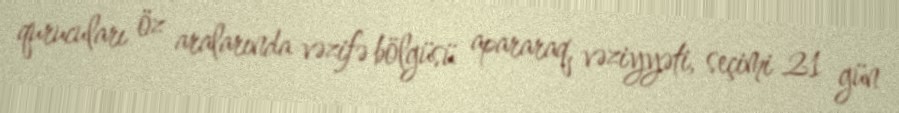
qurucuları öz aralarında vəzifə bölgüsü apararaq, vəziyyəti, seçimi 21 gün